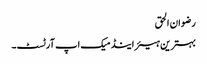
رضوان الحق
بہترین ہیئر اینڈ میک اپ آرٹسٹ۔